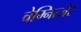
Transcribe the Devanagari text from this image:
चेम्नित्ज़ेर